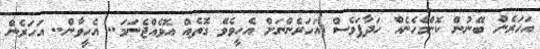
އަހަރެން ބޭނުން ކޮންމެހެނެއް ހަދާފަވެސް އަހަރެންނަށް އެހީވެވޭ ގޮތެއް އޮވެއްޖެނަމަ.. އެހީވާން.. އަހަރެން